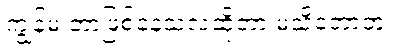
ကျွန်မ ဘာဖြစ်နေသလဲဆိုတာ မသိတော့ဘူး။